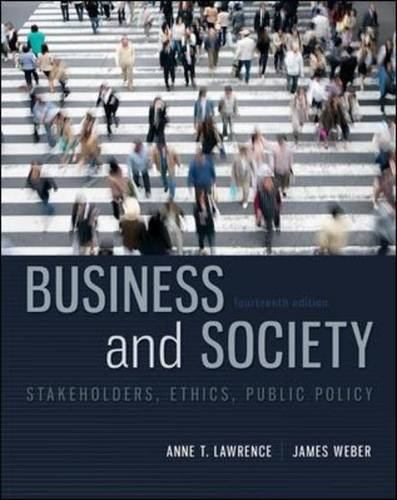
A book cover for Business and Society: Stakeholders, Ethics, Public Policy, 14th Edition; Anne Lawrence; Business & Money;